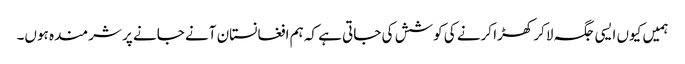
ہمیں کیوں ایسی جگہ لاکر کھڑا کرنے کی کوشش کی جاتی ہے کہ ہم افغانستان آنے جانے پر شرمندہ ہوں۔